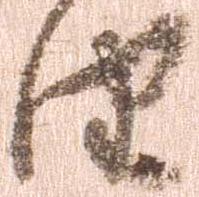
由